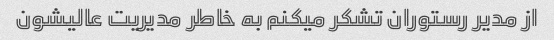
از مدیر رستوران تشکر میکنم به خاطر مدیریت عالیشون